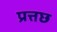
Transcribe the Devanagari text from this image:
प्रत्तछ